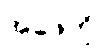
အဖေကို